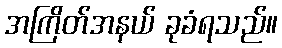
အကြိတ်အနယ် ခုခံရသည်။